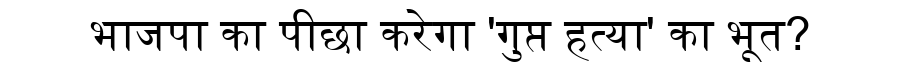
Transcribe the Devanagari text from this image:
भाजपा का पीछा करेगा 'गुप्त हत्या' का भूत?